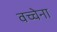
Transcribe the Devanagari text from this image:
वच्चेना